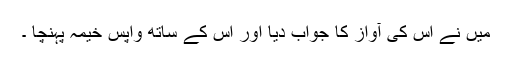
میں نے اس کی آواز کا جواب دیا اور اس کے ساتھ واپس خیمہ پہنچا ۔